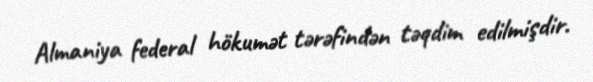
Almaniya federal hökumət tərəfindən təqdim edilmişdir.